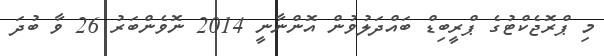
މި ޕްރޮޖެކްޓުގެ ޕްރީބިޑް ބައްދަލުވުން އޮންނާނީ 2014 ނޮވެންބަރު 26 ވާ ބުދަ